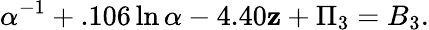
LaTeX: \alpha^{-1}+.106\ln\alpha-4.40\mathbf{z}+\Pi_{3}=B_{3}.